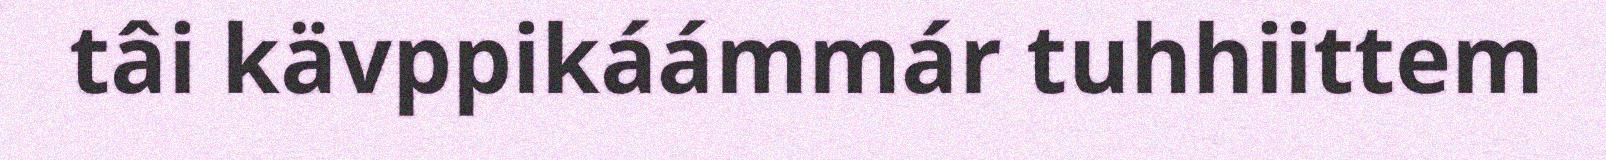
tâi kävppikáámmár tuhhiittem